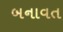
બનાવત